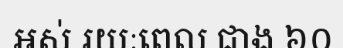
អស់ រយៈពេល ជាង ៦០